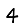
Digit: 4